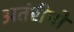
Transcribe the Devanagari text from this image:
अतंरीपों